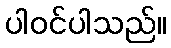
ပါဝင်ပါသည်။